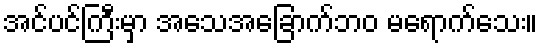
အင်ပင်ကြီးမှာ အသေအခြောက်ဘဝ မရောက်သေး။